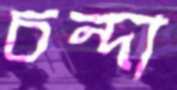
চন্দা